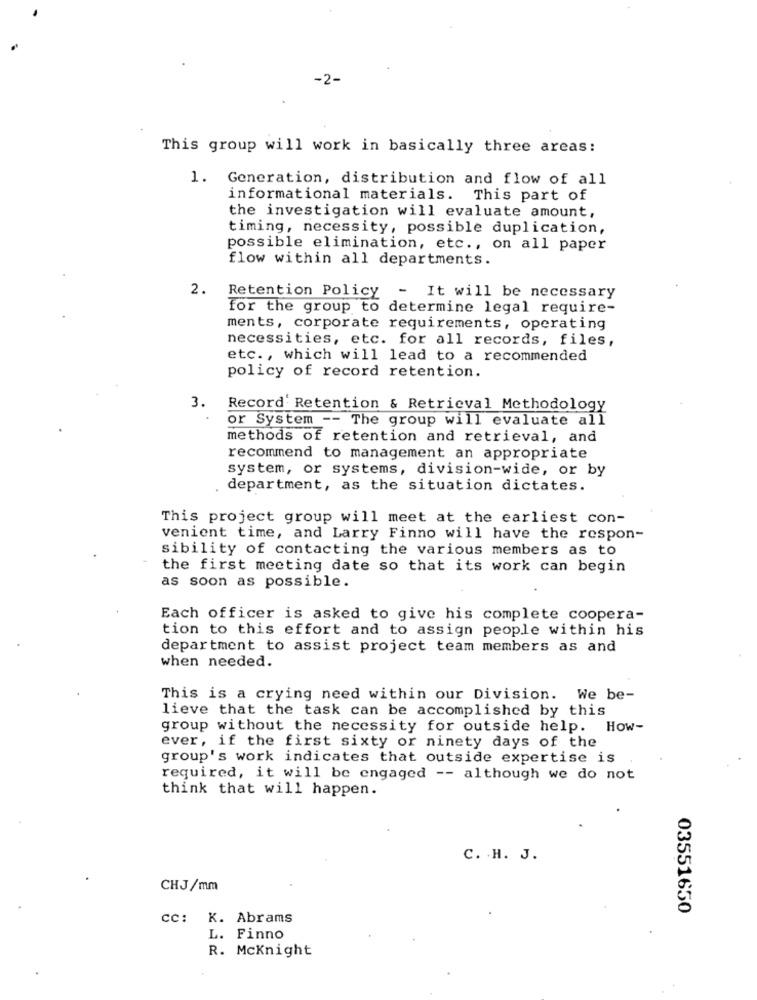
-2-
This group will work in basically three areas:
1. Generation, distribution and flow of all
informational materials. This part of
the investigation will evaluate amount,
timing, necessity, possible duplication,
possible elimination, etc ., on all paper
flow within all departments.
2.
Retention Policy - It will be necessary
for the group to determine legal require-
ments, corporate requirements, operating
necessities, etc. for all records, files,
etc ., which will lead to a recommended
policy of record retention.
3.
Record' Retention & Retrieval Methodology
or System -- The group will evaluate all
methods of retention and retrieval, and
recommend to management an appropriate
system, or systems, division-wide, or by
department, as the situation dictates.
This project group will meet at the earliest con-
venient time, and Larry Finno will have the respon-
sibility of contacting the various members as to
the first meeting date so that its work can begin
as soon as possible.
Each officer is asked to give his complete coopera-
tion to this effort and to assign people within his
department to assist project team members as and
when needed.
This is a crying need within our Division. We be-
lieve that the task can be accomplished by this
group without the necessity for outside help. How-
ever, if the first sixty or ninety days of the
group's work indicates that outside expertise is
required, it will be engaged -- although we do not
think that will happen.
C. H. J.
CHJ/mm
03551650
cc: K. Abrams
L. Finno
R. Mcknight